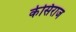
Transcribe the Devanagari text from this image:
केसिराज